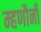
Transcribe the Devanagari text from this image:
म्हणौनी